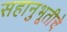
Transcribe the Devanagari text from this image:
सहानुभूतीचे